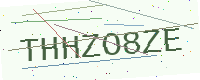
Text: THHZO8ZE